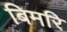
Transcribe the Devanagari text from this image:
बिमरि